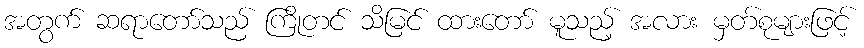
အတွက် ဆရာတော်သည် ကြိုတင် သိမြင် ထားတော် မူသည့် အလား မှတ်စုများဖြင့်